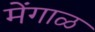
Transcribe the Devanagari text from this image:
मेंगाळ